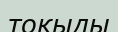
тоқыды